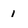
Character: 1